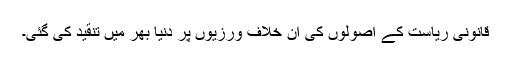
قانونی رياست کے اصولوں کی ان خلاف ورزيوں پر دنيا بھر ميں تنقيد کی گئی۔